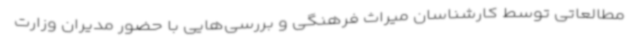
مطالعاتی توسط کارشناسان میراث فرهنگی و بررسی‌هایی با حضور مدیران وزارت